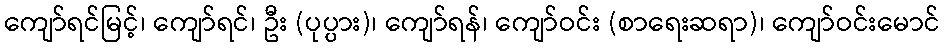
ကျော်ရင်မြင့်၊ ကျော်ရင်၊ ဦး (ပုပ္ပား)၊ ကျော်ရန်၊ ကျော်ဝင်း (စာရေးဆရာ)၊ ကျော်ဝင်းမောင်